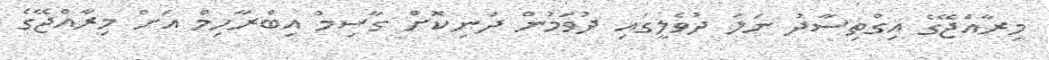
މިރާއްޖޭގެ އިގްތިސާދު ނަލަ ދުވެލީގައި ދުވަމުން ދަނިކޮށް ގާސިމް އިބްރާހިމް އަށް މިރާއްޖޭގެ